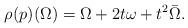
LaTeX: \begin{align*}\rho(p) (\Omega) = \Omega+ 2t \omega + t^2 \bar\Omega.\end{align*}